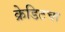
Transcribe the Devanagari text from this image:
क्रेडिटचा